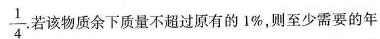
\frac{1}{4} .若物质余下质量不超过原有的1%，则至少需要的年